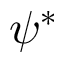
\psi ^ { * }